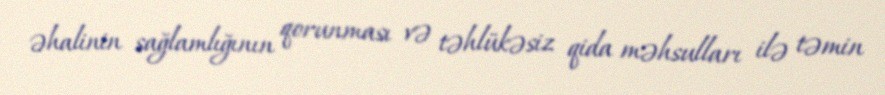
əhalinin sağlamlığının qorunması və təhlükəsiz qida məhsulları ilə təmin